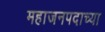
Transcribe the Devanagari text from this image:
महाजनपदाच्या